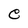
Character: e